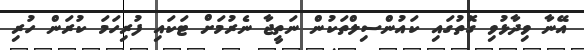
އޭނާ ވިދާޅުވި ގޮތުގައި ކައުންސިލްތަކުން ނަތީޖާ ނެރުމަށް ޓަކައި ފުރިހަމަ ކުރަން ހުރި